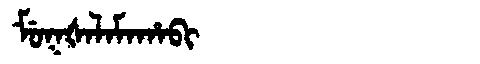
Manchu: ᠮᡠᡴᡧᠠᠯᠠᠮᠠᡥᠠᠪᡳ
Romanization: MUKŠALAMAHABI